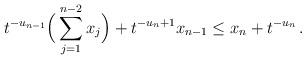
LaTeX: \begin{align*}t^{-u_{n-1}} \Big(\sum_{j = 1}^{n-2} x_j\Big) + t^{-u_n + 1} x_{n-1} \leq x_n + t^{-u_n} \, .\end{align*}